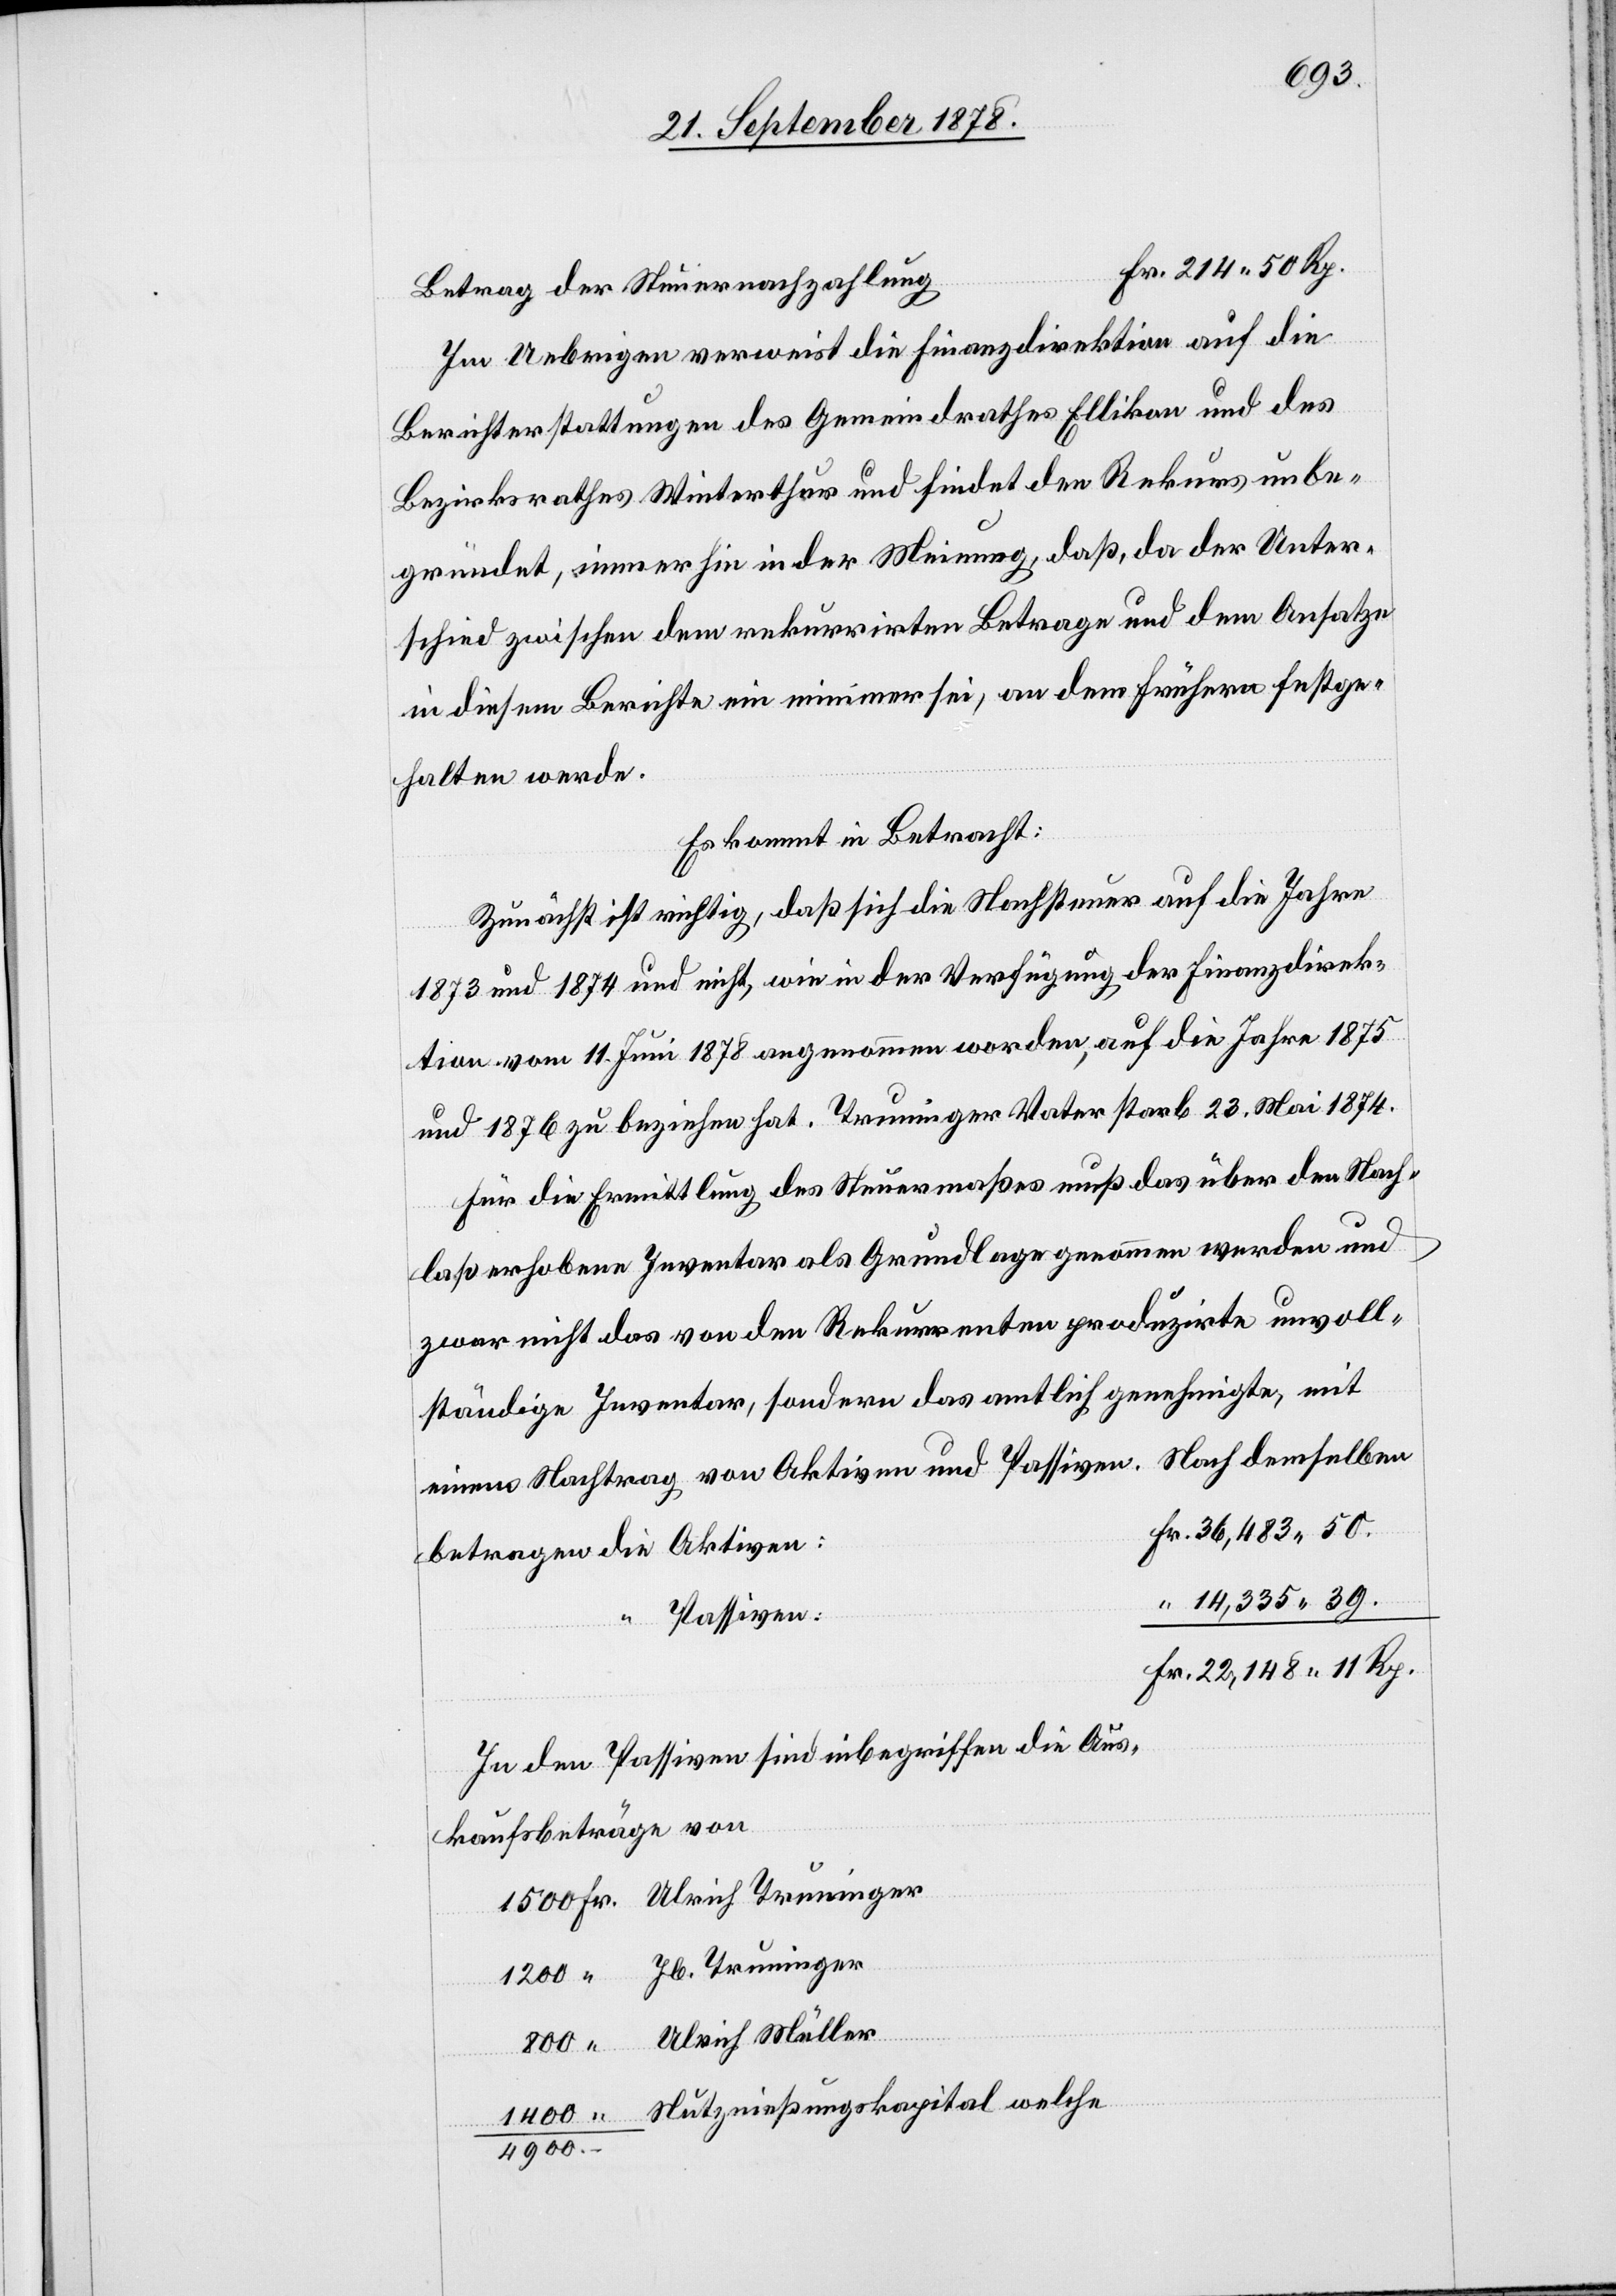
1400
Betrag der Steuernachzahlung
Im Uebrigen verweist die Finanzdirektion auf die
Berichterstattungen des Gemeindrathes Ellikon und des
Bezirksrathes Winterthur und findet den Rekurs unbe¬
gründet, immerhin in der Meinung, daß, da der Unter¬
schied zwischen dem rekurrirten Betrage und dem Ansatze
in diesem Berichte ein minimer sei, an dem frühern festge¬
halten werde.
Es kommt in Betracht:
Zunächst ist richtig, daß sich die Nachsteuer auf die Jahre
1873 und 1874 und nicht, wie in der Verfügung der Finanzdirek¬
tion vom 11. Juni 1878 angenommen worden, auf die Jahre 1875
und 1876 zu beziehen hat. Truninger Vater starb 23, Mai 1874.
Für die Ermittlung des Steuermaßes muß das über den Nach¬
laß erhobene Inventar als Grundlage genommen werden und
zwar nicht das von den Rekurrenten produzirte unvoll¬
ständige Inventar, sondern das amtlich genehmigte, mit
Nach demselben
einem Nachtrag von Aktiven und Passiven.
betragen die Aktiven:
14,335 39
Passiven
Aus¬
kaufsbeträge von
4900